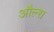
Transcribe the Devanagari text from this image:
औल्स